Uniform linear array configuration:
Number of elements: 48
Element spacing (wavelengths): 1
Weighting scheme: uniform
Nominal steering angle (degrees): -15
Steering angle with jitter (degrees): -16.82
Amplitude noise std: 0.05
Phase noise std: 0.05

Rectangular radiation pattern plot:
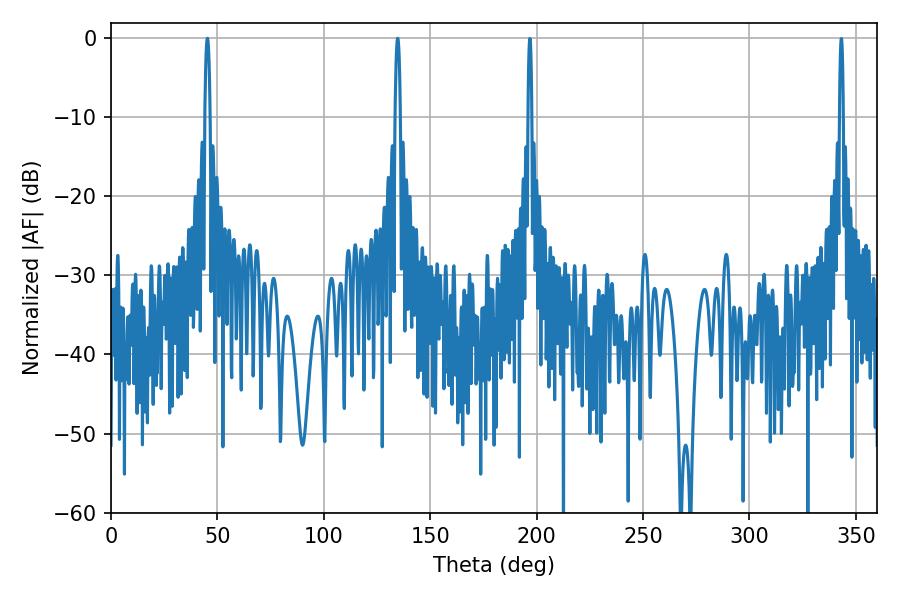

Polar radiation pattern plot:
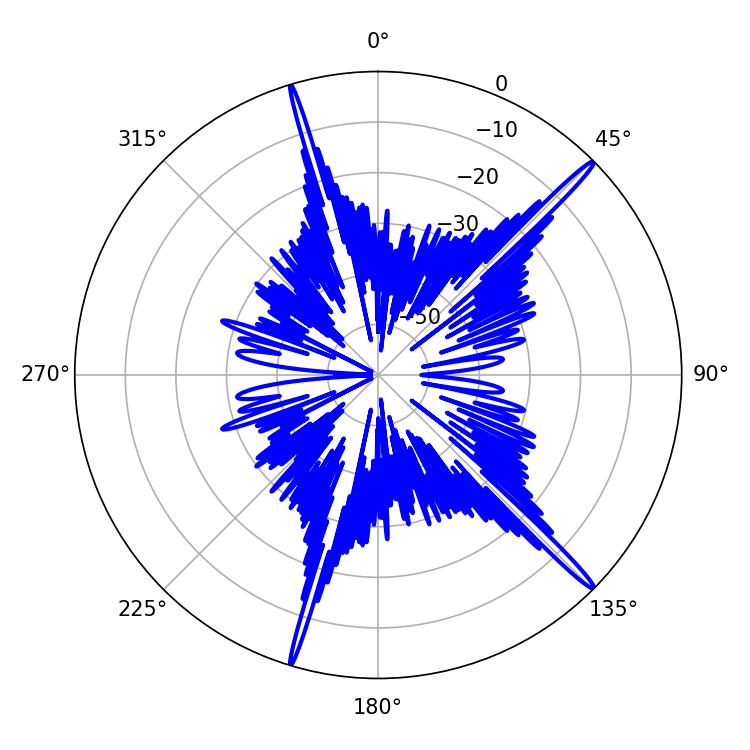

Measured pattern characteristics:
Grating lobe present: TRUE
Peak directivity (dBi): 18.324
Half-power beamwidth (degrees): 1.26
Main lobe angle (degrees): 45.36